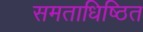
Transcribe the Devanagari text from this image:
समताधिष्ठित